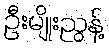
ဦးမျိုးညွန့်